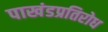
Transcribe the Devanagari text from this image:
पाखंडप्रतिरोध